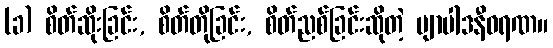
(ခ) စိတ်ဆိုးခြင်း, စိတ်တိုခြင်း, စိတ်ညစ်ခြင်းဆိုတဲ့ ဗျာပါဒနီဝရဏ။